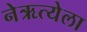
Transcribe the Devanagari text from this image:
नेऋत्येला